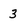
Character: 3